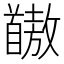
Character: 𫗺